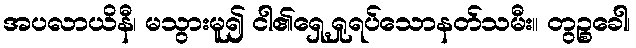
အပလာယိနီ၊ မသွားမူ၍ ငါ၏ရှေ့ရှုရပ်သောနတ်သမီး။ တွဉ္စခေါ၊